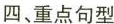
四、重点句型